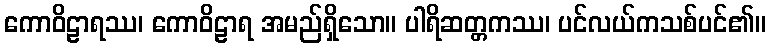
ကောဝိဠာရဿ၊ ကောဝိဠာရ အမည်ရှိသော။ ပါရိဆတ္တကဿ၊ ပင်လယ်ကသစ်ပင်၏။